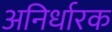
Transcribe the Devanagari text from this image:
अनिर्धारक